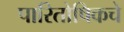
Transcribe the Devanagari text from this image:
पारितोषिकचे